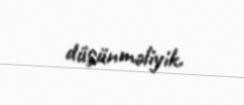
düşünməliyik.